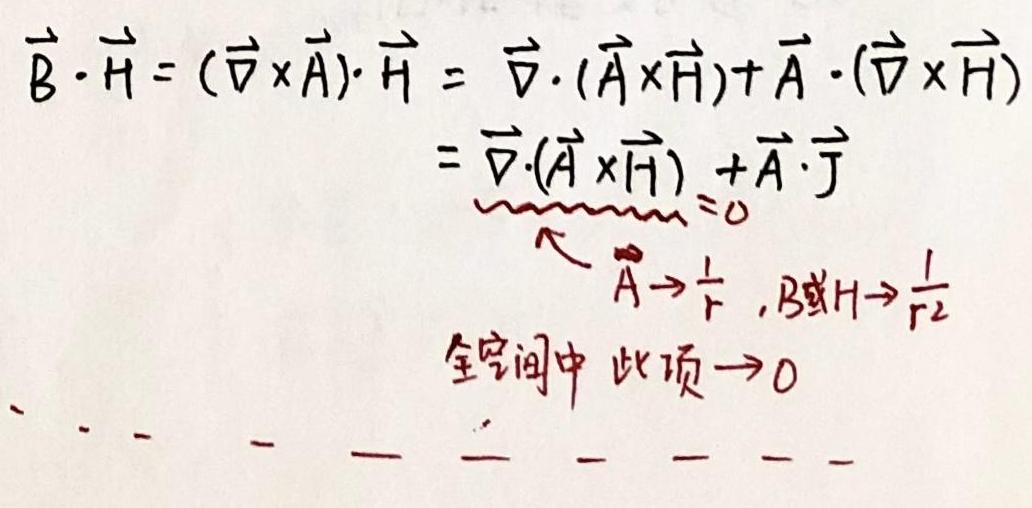
\[
\begin{align*}
\vec{B} \cdot \vec{H} &= (\vec{\nabla} \times \vec{A}) \cdot \vec{H} \\
&= \vec{\nabla} \cdot (\vec{A} \times \vec{H}) + \vec{A} \cdot (\vec{\nabla} \times \vec{H}) \\
&= \vec{\nabla} \cdot (\vec{A} \times \vec{H}) + \vec{A} \cdot \vec{J} \underbrace{}_{=0} \\
&\text{ }\quad\quad\quad\quad\swarrow \quad \vec{A} \to \frac{1}{r} , B\text{或}H \to \frac{1}{r^2} \\
&\text{全空间中 此项} \to 0
\end{align*}
\]